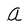
Character: a